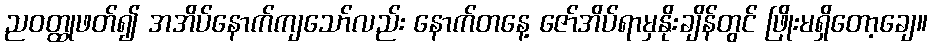
ညဝတ္ထုဖတ်၍ အအိပ်နောက်ကျသော်လည်း နောက်တနေ့ ဇော်အိပ်ရာမှနိုးချိန်တွင် ဖြိုးမရှိတော့ချေ။